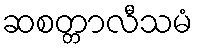
ဆစတ္တာလီသမံ